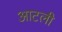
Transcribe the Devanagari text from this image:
आटली